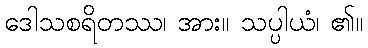
ဒေါသစရိတဿ၊ အား။ သပ္ပါယံ၊ ၏။